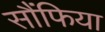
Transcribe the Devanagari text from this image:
सौंफिया